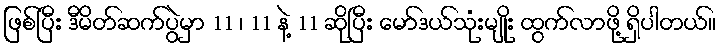
ဖြစ်ပြီး ဒီမိတ်ဆက်ပွဲမှာ 11 ၊ 11 နဲ့ 11 ဆိုပြီး မော်ဒယ်သုံးမျိုး ထွက်လာဖို့ ရှိပါတယ်။